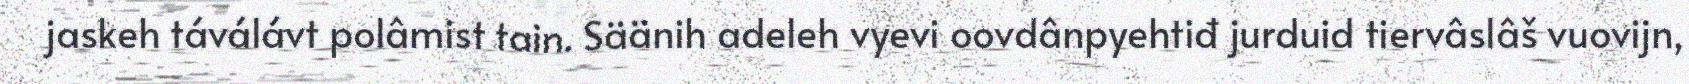
jaskeh táválávt polâmist tain. Säänih adeleh vyevi oovdânpyehtiđ jurduid tiervâslâš vuovijn,